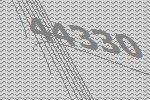
44330